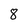
Character: 8